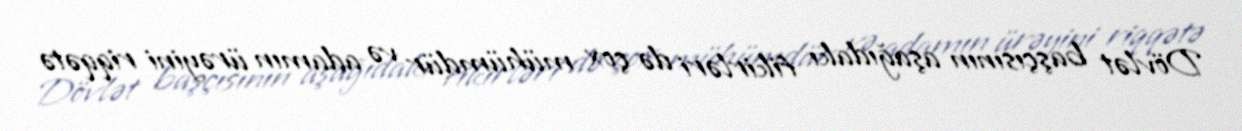
Dövlət başçısının aşağıdakı fikirləri də çox mühümdür və adamın ürəyini riqqətə